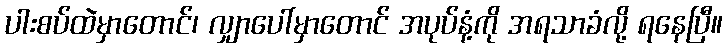
ပါးစပ်ထဲမှာတောင်၊ လျှာပေါ်မှာတောင် အပုပ်နံ့ကို အရသာခံလို့ ရနေပြီ။